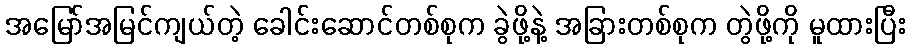
အမြော်အမြင်ကျယ်တဲ့ ခေါင်းဆောင်တစ်စုက ခွဲဖို့နဲ့ အခြားတစ်စုက တွဲဖို့ကို မူထားပြီး